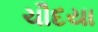
ચૌદયા